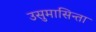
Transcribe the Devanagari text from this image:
उसुमासिन्ता